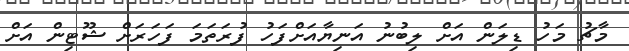
މާޗު މަހު ޑިލަން އަށް ލިބުނު އަނިޔާއަށްފަހު ފުރަތަމަ ފަހަރަށް ޝޫޓިން އަށް